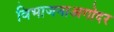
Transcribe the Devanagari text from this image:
विभाजनाअगोदर